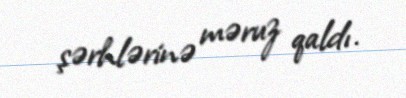
şərhlərinə məruz qaldı.